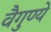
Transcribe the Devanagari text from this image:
वैगुण्ये